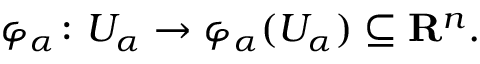
\varphi _ { \alpha } \colon U _ { \alpha } \to \varphi _ { \alpha } ( U _ { \alpha } ) \subseteq \mathbf { R } ^ { n } .